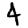
Digit: 4